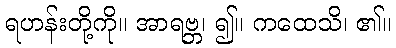
ရဟန်းတို့ကို။ အာရဗ္ဘ၊ ၍။ ကထေသိ၊ ၏။